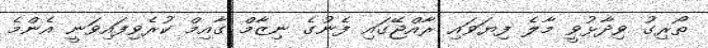
ތޯރިގު ވިދާޅުވީ މާލެ ފިޔަވައި ރާއްޖޭގައި ފެނުގެ ނިޒާމް ގާއިމް ކުރެވިފައިވަނީ އެންމެ